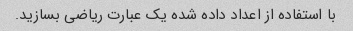
با استفاده از اعداد داده شده یک عبارت ریاضی بسازید.